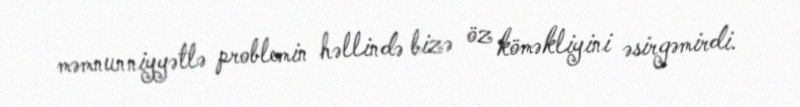
məmnunniyyətlə problemin həllində bizə öz köməkliyini əsirgəmirdi.